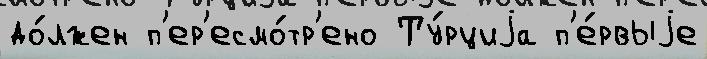
до́лжен п'ер'есмо́тр'ено Ту́рциjа п'е́рвыjе